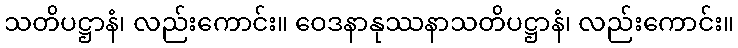
သတိပဋ္ဌာနံ၊ လည်းကောင်း။ ဝေဒနာနုဿနာသတိပဋ္ဌာနံ၊ လည်းကောင်း။